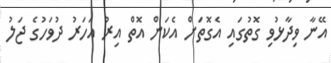
އޭނާ ވިދާޅުވި ގޮތުގައި އެގޮތަށް އެކަން އޮތް އިރު އަހަރު ދުވަހުގެ ޖަލު